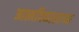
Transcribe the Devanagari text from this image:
आत्मविकासाच्या